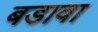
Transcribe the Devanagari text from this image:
बडावा